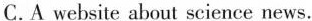
C.A website about science news.